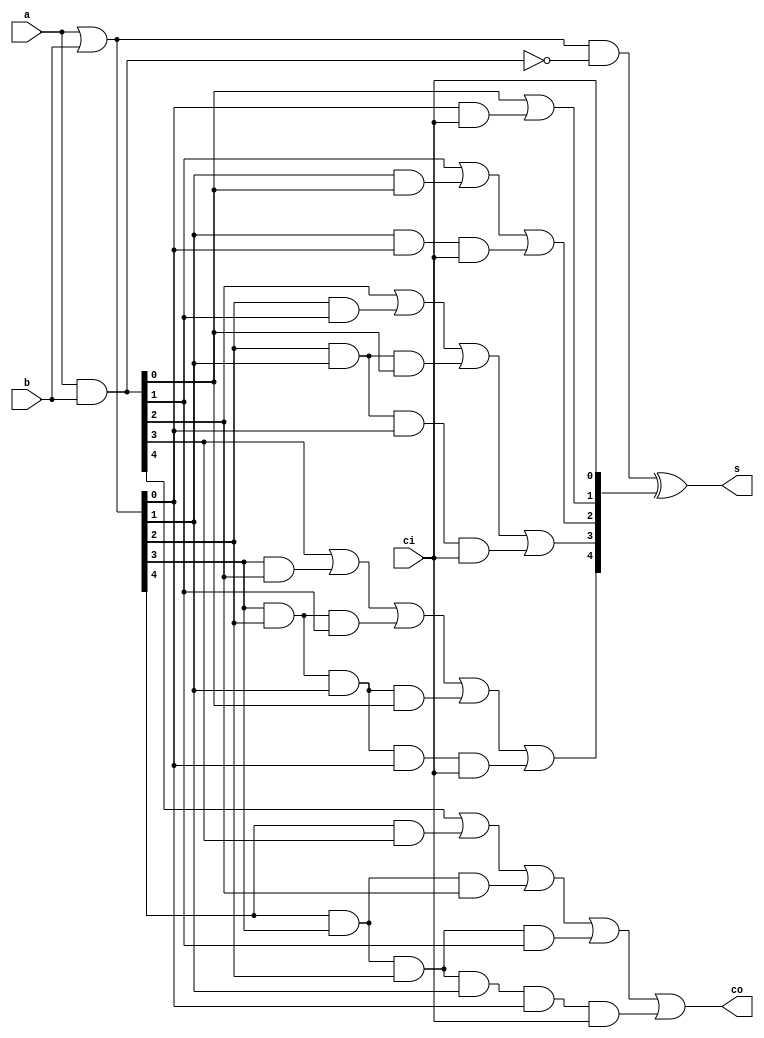
module adder_5bits(
	a,
	b,
	ci,
	s,
	co );
	
	input [4 : 0] a;
	input [4 : 0] b;
	input ci;
	output [4 : 0] s;
	output co;
	wire [4 : 0] g;
	wire [4 : 0] p;
	wire [3 : 0] c;

	
	assign g = a & b;
	assign p = a | b;
	
	assign c[0] = g[0] | (p[0] & ci);
	assign c[1] = g[1] | (p[1] & g[0]) | (p[1] & p[0] & ci);
	assign c[2] = g[2] | (p[2] & g[1]) | (p[2] & p[1] & g[0]) | (p[2] & p[1] & p[0] & ci);
	assign c[3] = g[3] | (p[3] & g[2]) | (p[3] & p[2] & g[1]) | (p[3] & p[2] & p[1] & g[0]) | (p[3] & p[2] & p[1] & p[0] & ci);
	assign co = g[4] | 	 (p[4] & g[3]) | (p[4] & p[3] & g[2]) | (p[4] & p[3] & p[2] & g[1]) | (p[4] & p[3] & p[2] & p[1] & p[0] & ci);
	
	assign s = (p & ~g) ^ {c[3 : 0], ci};
	
	
endmodule